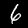
Digit: 6